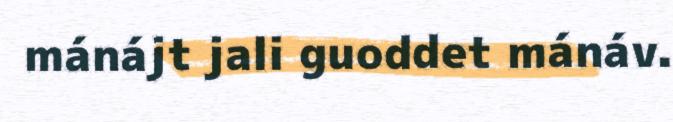
mánájt jali guoddet mánáv.